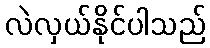
လဲလှယ်နိုင်ပါသည်